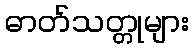
ဓာတ်သတ္တုများ